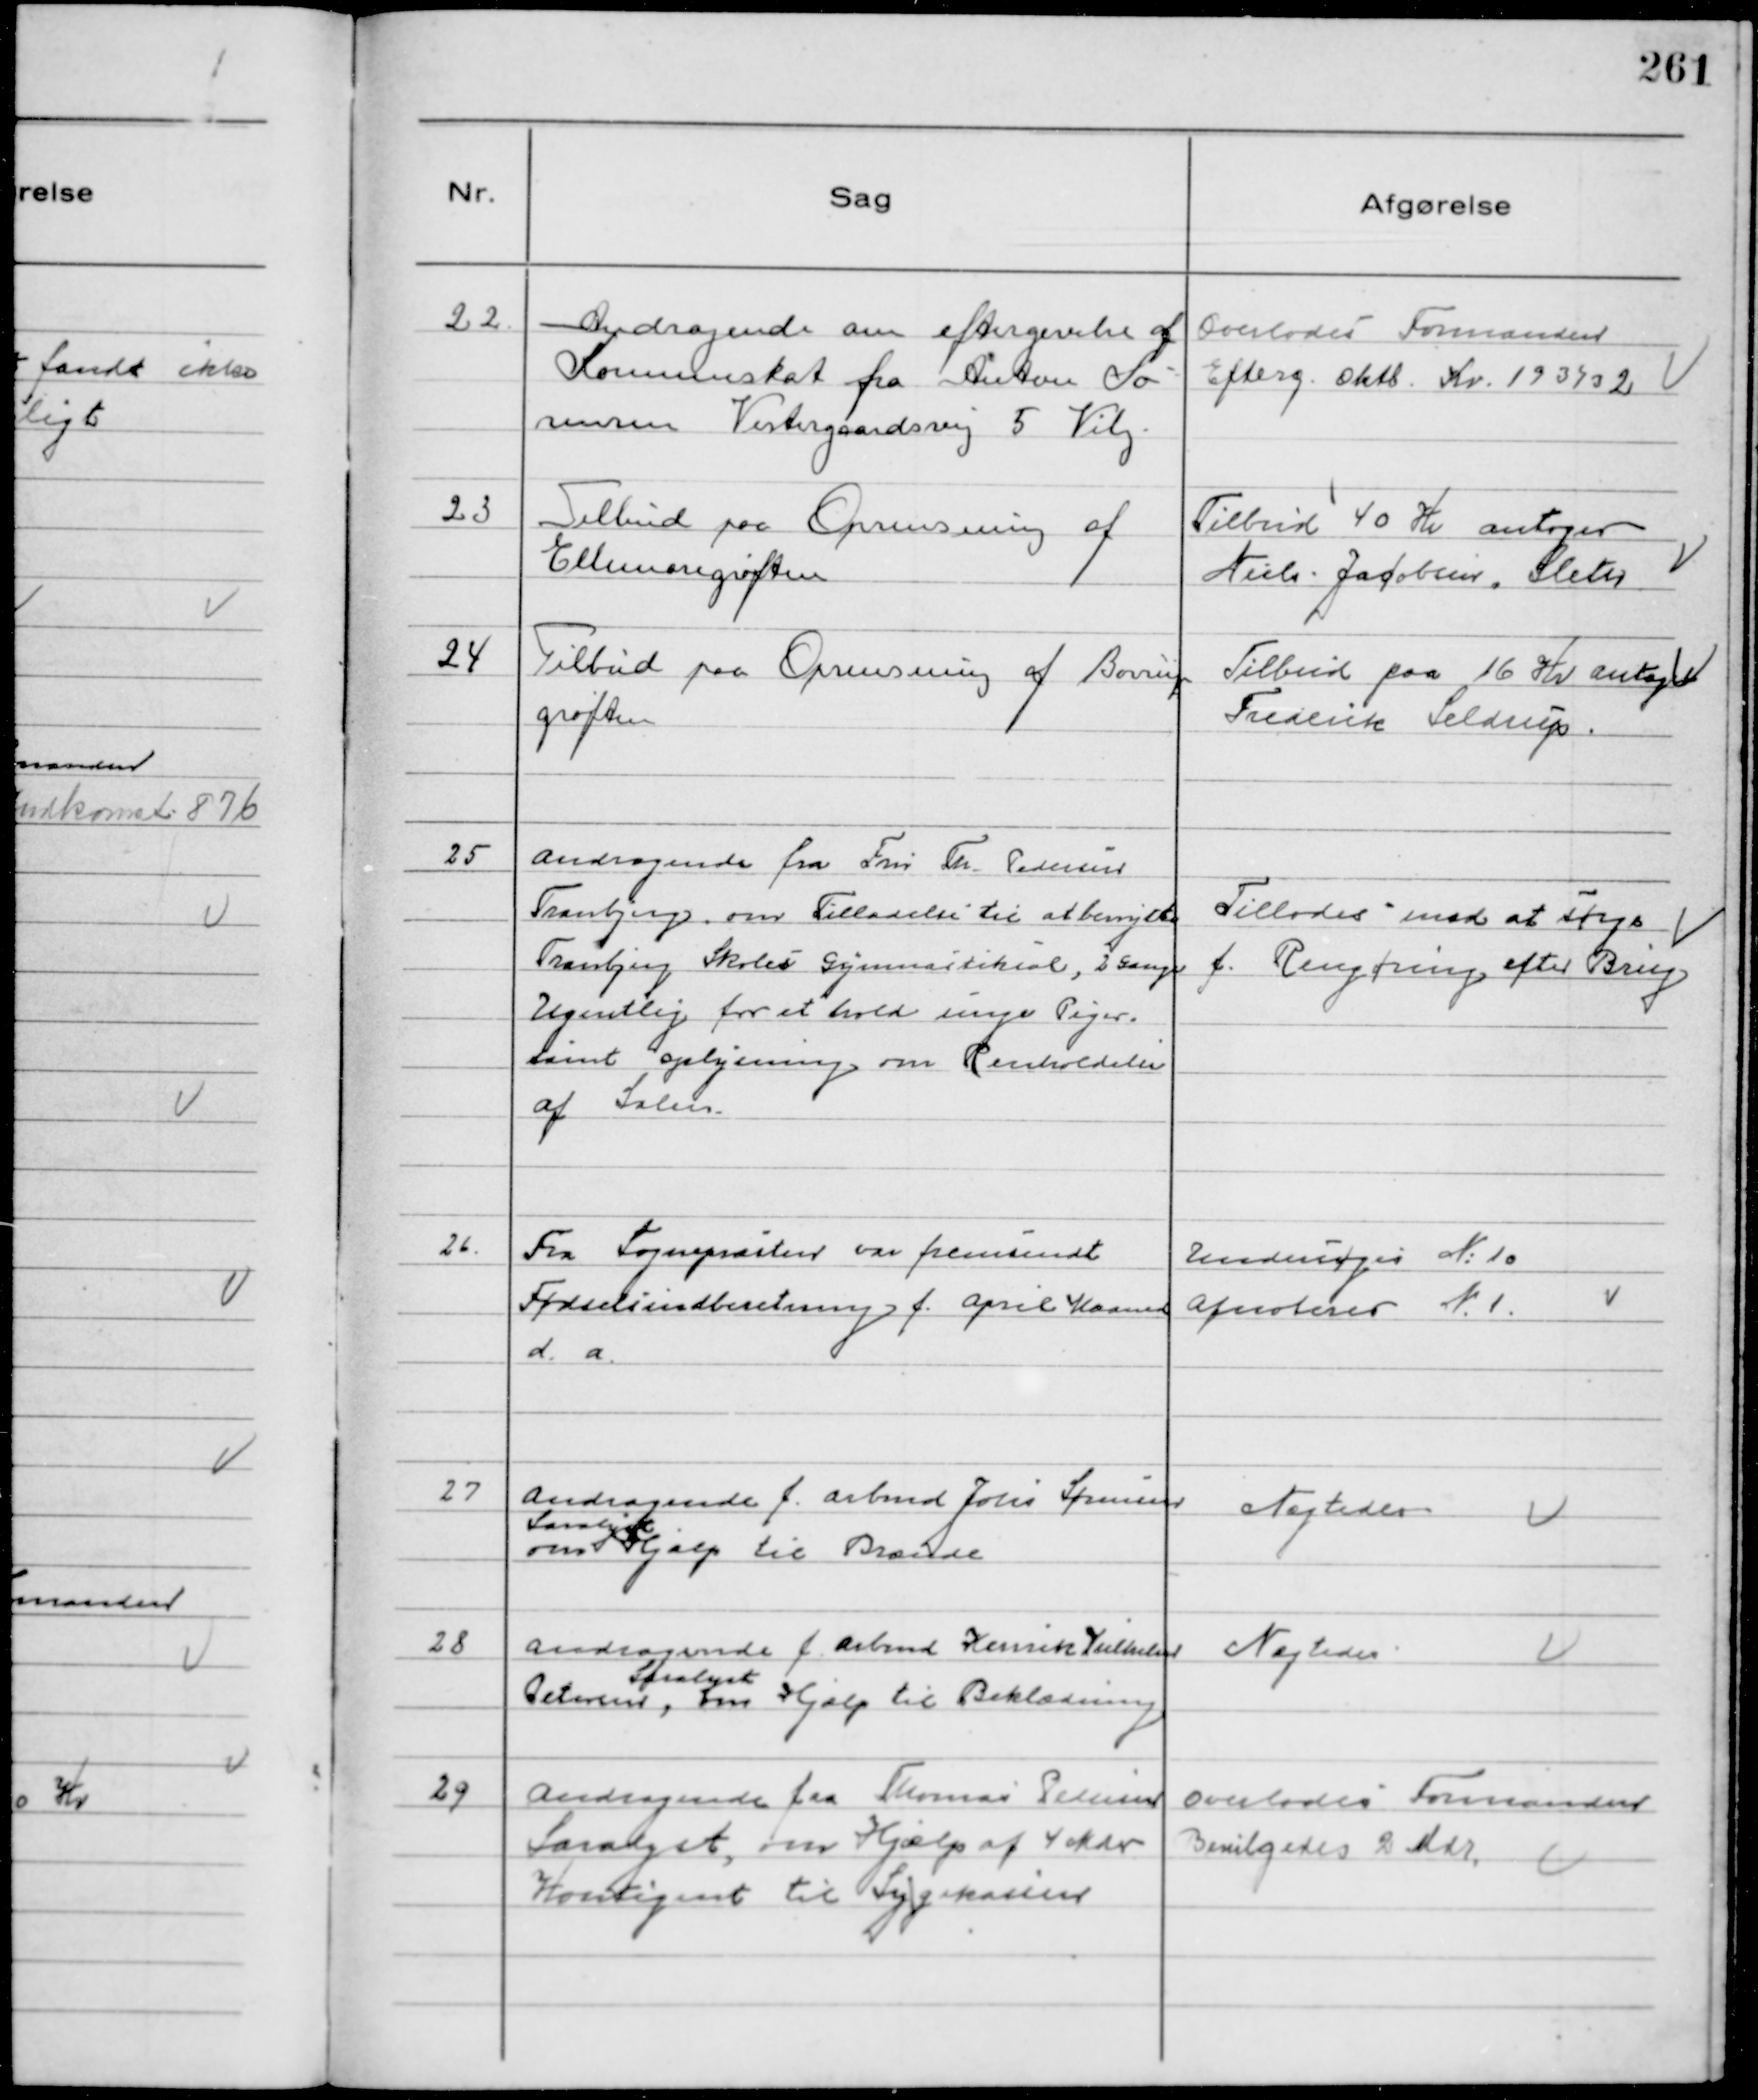
Transskription:
22.
Andragende om eftergivelse af
Kommuneskat fra Anton Sø-
rensen Vestergaardsvej 5 Viby.

Overlodes Formanden
Efterg. Oktb. Kv. 1931/32

23
Tilbud paa Oprensning af
Ellemosegrøften

Tilbud 40 Kr antoges
Niels Jacobsen, Sleth

24
Tilbud paa Oprensning af Borrup
grøften

Tilbud paa 16 Kr antoges
Frederik Seldrup.

25
Andragende fra Fru Th. Pedersen
Tranbjerg om Tilladelse til at benytte
Tranbjerg Skoles Gymnastiksal, 2 gange
Ugentlig for et hold unge Piger.
samt oplysning om Renholdelse
af Salen.

Tillodes mod at sørge
f. Rengøring efter Brug

26.
Fra Sognepræsten var fremsendt
Fødselsindberetning f. April Maaned
d.a.

Undersøges № 10
Afnoteres № 1.

27
Andragende f. Arbmd Johs Sørensen
Saralyst
om Hjælp til Brænde

Nægtedes

28
Andragende f. Arbmd Henrik Vilhelm
Petersen,
Saralyst
om Hjælp til Beklædning

Nægtedes

29
Andragende fra Thomas Pedersen
Saralyst, om Hjælp af 4 Mdr
Kontigent til Sygekassen

Overlodes Formanden
Bevilgedes 2 Mdr.